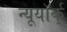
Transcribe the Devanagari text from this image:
न्यूयॉर्क्